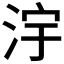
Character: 𣳿